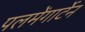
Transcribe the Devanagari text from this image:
पलमेंगार्टेन